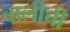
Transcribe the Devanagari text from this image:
वालीची